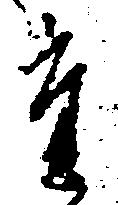
た